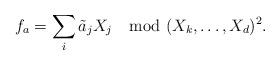
LaTeX: \begin{align*}f_a= \sum_{i} \tilde{a}_j X_j \mod (X_{k}, \ldots , X_d)^2.\end{align*}